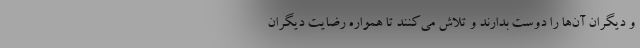
و دیگران آن‌ها را دوست بدارند و تلاش می‌کنند تا همواره رضایت دیگران